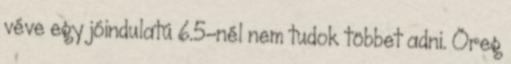
véve egy jóindulatú 6.5-nél nem tudok többet adni. Öreg